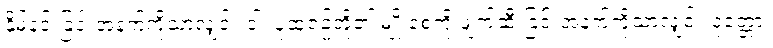
နှိမ်နင်းခြင်းအနက်ကိုသာလျှင်။ ဝါ၊ ပုထုဇဉ်တို့၏ မျိုးစေ့ကို ဖျက်ဆီးခြင်းအနက်ကိုသာလျှင်။ ဝုတ္တော၊